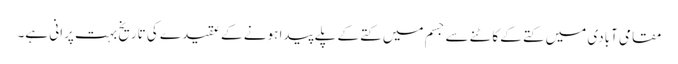
مقامی آبادی میں کتے کے کاٹنے سے جسم میں کتے کے پلے پیدا ہونے کے عقیدے کی تاریخ بہت پرانی ہے۔